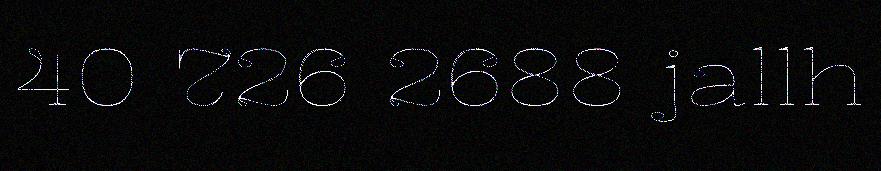
40 726 2688 jallh